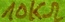
Text: 10KΩ